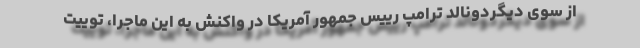
از سوی دیگردونالد ترامپ رییس جمهور آمریکا در واکنش به این ماجرا، توییت